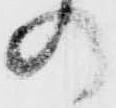
の